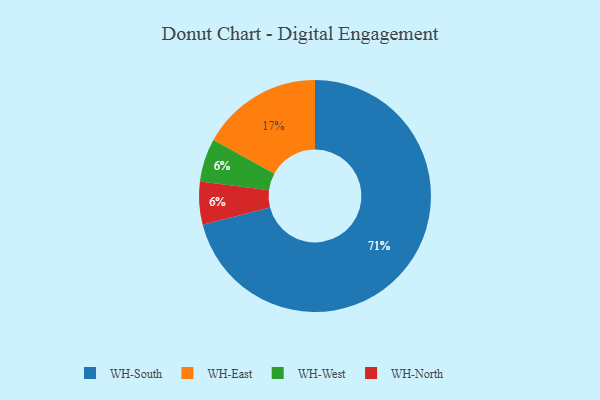
{"axis": {"x": "Category", "y": "Percentage"}, "legend": ["WH-East", "WH-North", "WH-South", "WH-West"], "data": [{"x": "WH-East", "y": 17, "type": "WH-East"}, {"x": "WH-South", "y": 71, "type": "WH-South"}, {"x": "WH-West", "y": 6, "type": "WH-West"}, {"x": "WH-North", "y": 6, "type": "WH-North"}]}